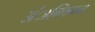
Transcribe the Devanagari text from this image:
अंाग्लिकन